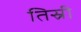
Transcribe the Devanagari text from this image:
तिस्री